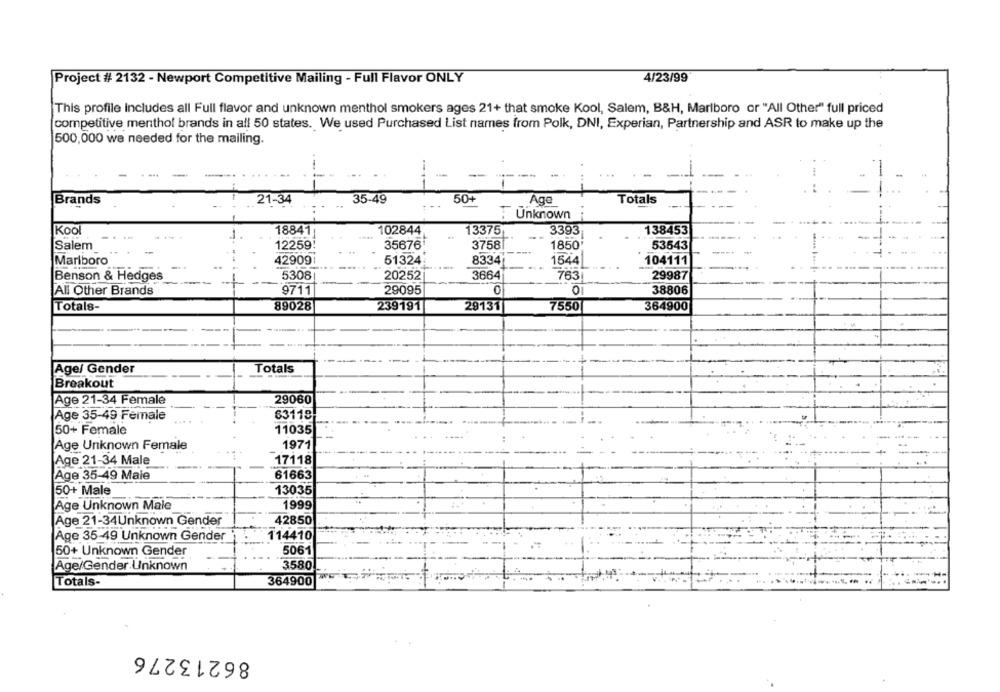
Project # 2132 - Newport Competitive Mailing - Full Flavor ONLY
4/23/99
This profile includes all Full flavor and unknown menthol smokers ages 21+ that smoke Kool, Salem, B&H, Marlboro or "All Other" full priced
competitive menthol brands in all 50 states. We used Purchased List names from Polk, DNI, Experian, Partnership and ASR to make up the
500,000 we needed for the mailing.
--
Brands
35.49
50+
Age
Totals
21-34
:Unknown
Kool
-
18841
102844
13375
3393
-
138453
Salem
12259
35676'
3758
1850
53543
Marlboro
42909
51324
8334
1544
104111
Benson & Hedges
5308
20252
3664
763
29987
All Other Brands
9711
29095
0
38806
Totals-
89028
239191
29131
7550
364900
Age/ Gender
Totals
Breakout
Age 21-34 Female
29060
63118
Age 35-49 Female
-
50+ Female
11035
Age Unknown Female
1971
Age 21-34 Male
17118
Age 35-49 Maie
61663
50+ Male
13035
1999
Age Unknown Male
Age 21-34Unknown Gender
42850
Age 35-49 Unknown Gender
114410
50+ Unknown Gender
5061
Age/Gender Unknown
3580
Totals-
364900
86213276